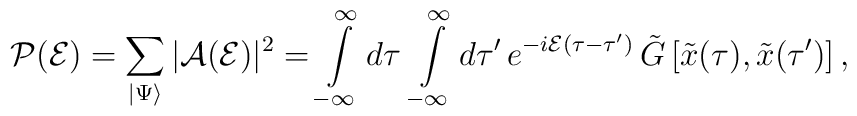
{\cal P}({\cal E}) =\sum_{\vert \Psi\rangle} \vert{\cal A}({\cal E})\vert^2= \int\limits_{-\infty}^\infty d\tau\, \int\limits_{-\infty}^\infty d\tau'\, e^{-i{\cal E}(\tau-\tau')}\, {\tilde G}\left[{\tilde x}(\tau), {\tilde x}(\tau')\right],